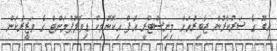
އިބޫ ގެ ސަރުކާރުން ޖާބިރުއަށް މިނިސްޓްރީ އޮފް އިކޮނޮމިކް ޑިވޮލޮޕްމަންޓް ގެ ވަޒީރުކަން